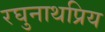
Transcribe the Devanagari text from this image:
रघुनाथप्रिय